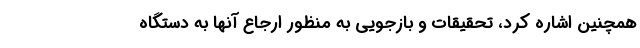
همچنین اشاره کرد، تحقیقات و بازجویی به منظور ارجاع آنها به دستگاه